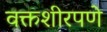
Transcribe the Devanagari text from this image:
वक्तशीरपणे